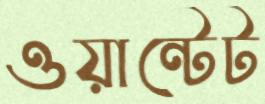
ওয়ান্টেট